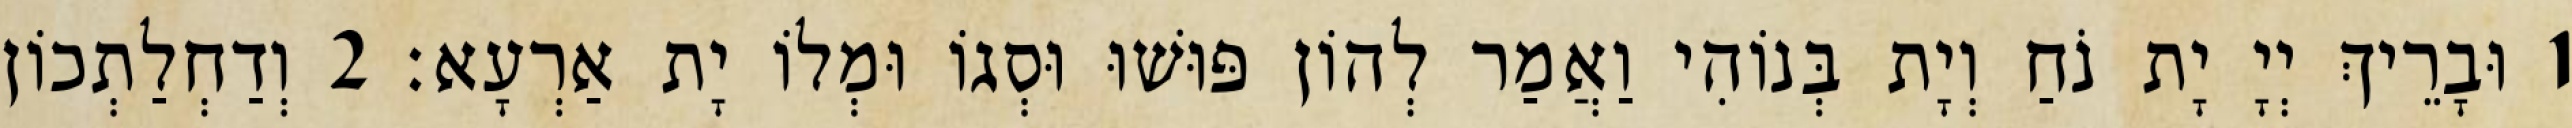
1 וּבָרֵיךְ יְיָ יָת נֹחַ וְיָת בְּנוֹהִי וַאֲמַר לְהוֹן פּוּשׁוּ וּסְגוֹ וּמְלוֹ יָת אַרְעָא׃ 2 וְדַחְלַתְכוֹן